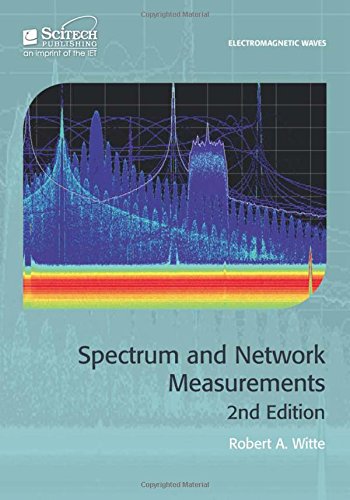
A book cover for Spectrum and Network Measurements (Electromagnetics and Radar); Robert A. Witte; Computers & Technology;